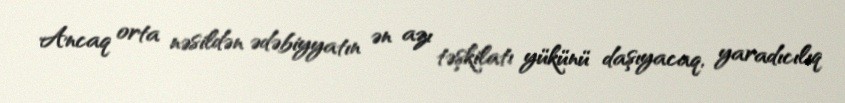
Ancaq orta nəsildən ədəbiyyatın ən azı təşkilatı yükünü daşıyacaq, yaradıcılıq